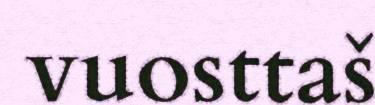
vuosttaš